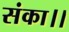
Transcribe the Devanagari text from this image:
संका।।